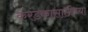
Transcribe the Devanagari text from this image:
करंडकासाठीच्या